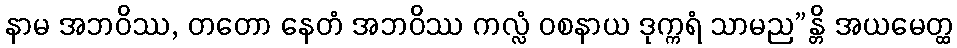
နာမ အဘဝိဿ, တတော နေတံ အဘဝိဿ ကလ္လံ ဝစနာယ ဒုက္ကရံ သာမည”န္တိ အယမေတ္ထ